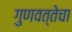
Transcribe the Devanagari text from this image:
गुणवत्‍तेचा